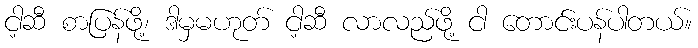
ငါ့ဆီ စာပြန်ဖို့၊ ဒါမှမဟုတ် ငါ့ဆီ လာလည်ဖို့ ငါ တောင်းပန်ပါတယ်။